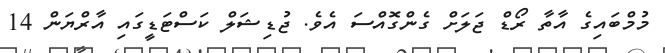
މުމްބައިގެ އާތާ ރޯޑް ޖަލަށް ގެންގޮއްސަ އެވެ. ޖުޑިޝަލް ކަސްޓަޑީގައި އާރްޔަން 14